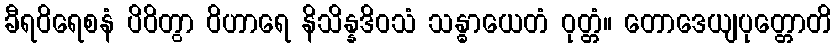
ခီရဝိရေစနံ ပိဝိတွာ ဝိဟာရေ နိသိန္နဒိဝသံ သန္ဓာယေတံ ဝုတ္တံ။ တောဒေယျပုတ္တောတိ